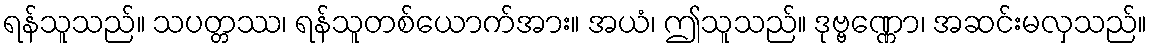
ရန်သူသည်။ သပတ္တဿ၊ ရန်သူတစ်ယောက်အား။ အယံ၊ ဤသူသည်။ ဒုဗ္ဗဏ္ဏော၊ အဆင်းမလှသည်။